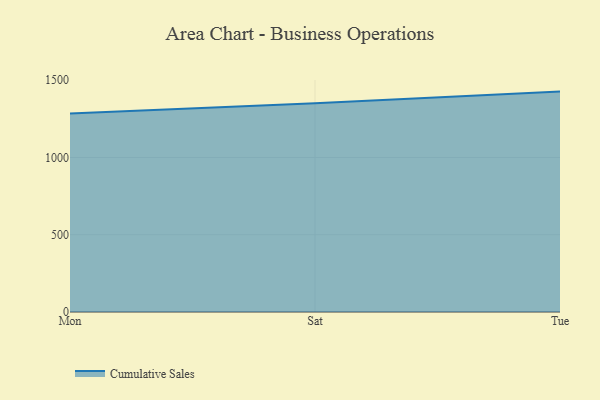
{"axis": {"x": "Day", "y": "Inventory Turnover"}, "legend": ["Cumulative Sales"], "data": [{"x": "Mon", "y": 1284.3, "type": "Cumulative Sales"}, {"x": "Sat", "y": 1350.9, "type": "Cumulative Sales"}, {"x": "Tue", "y": 1426.3, "type": "Cumulative Sales"}]}